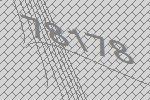
78178